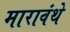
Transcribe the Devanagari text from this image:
मारावंथे